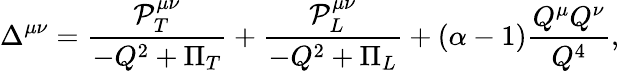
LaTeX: \Delta^{\mu\nu}=\frac{{\cal P}_{T}^{\mu\nu}}{-Q^{2}+\Pi_{T}}+\frac{{\cal P}_{L}^{\mu\nu}}{-Q^{2}+\Pi_{L}}+(\alpha-1)\frac{Q^{\mu}Q^{\nu}}{Q^{4}},